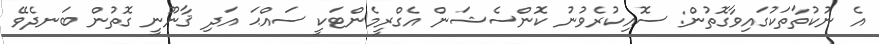
އެ ނުކުތާތަކުގައިވާގޮތުން: ސޮއިކުރެވުނު ކޮންސެޝަން އެގްރީމެންޓަކީ ސައްޙަ އަދި ޤާނޫނީ ގޮތުން ބަނދެވޭ